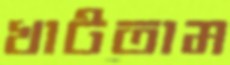
খাটতাম